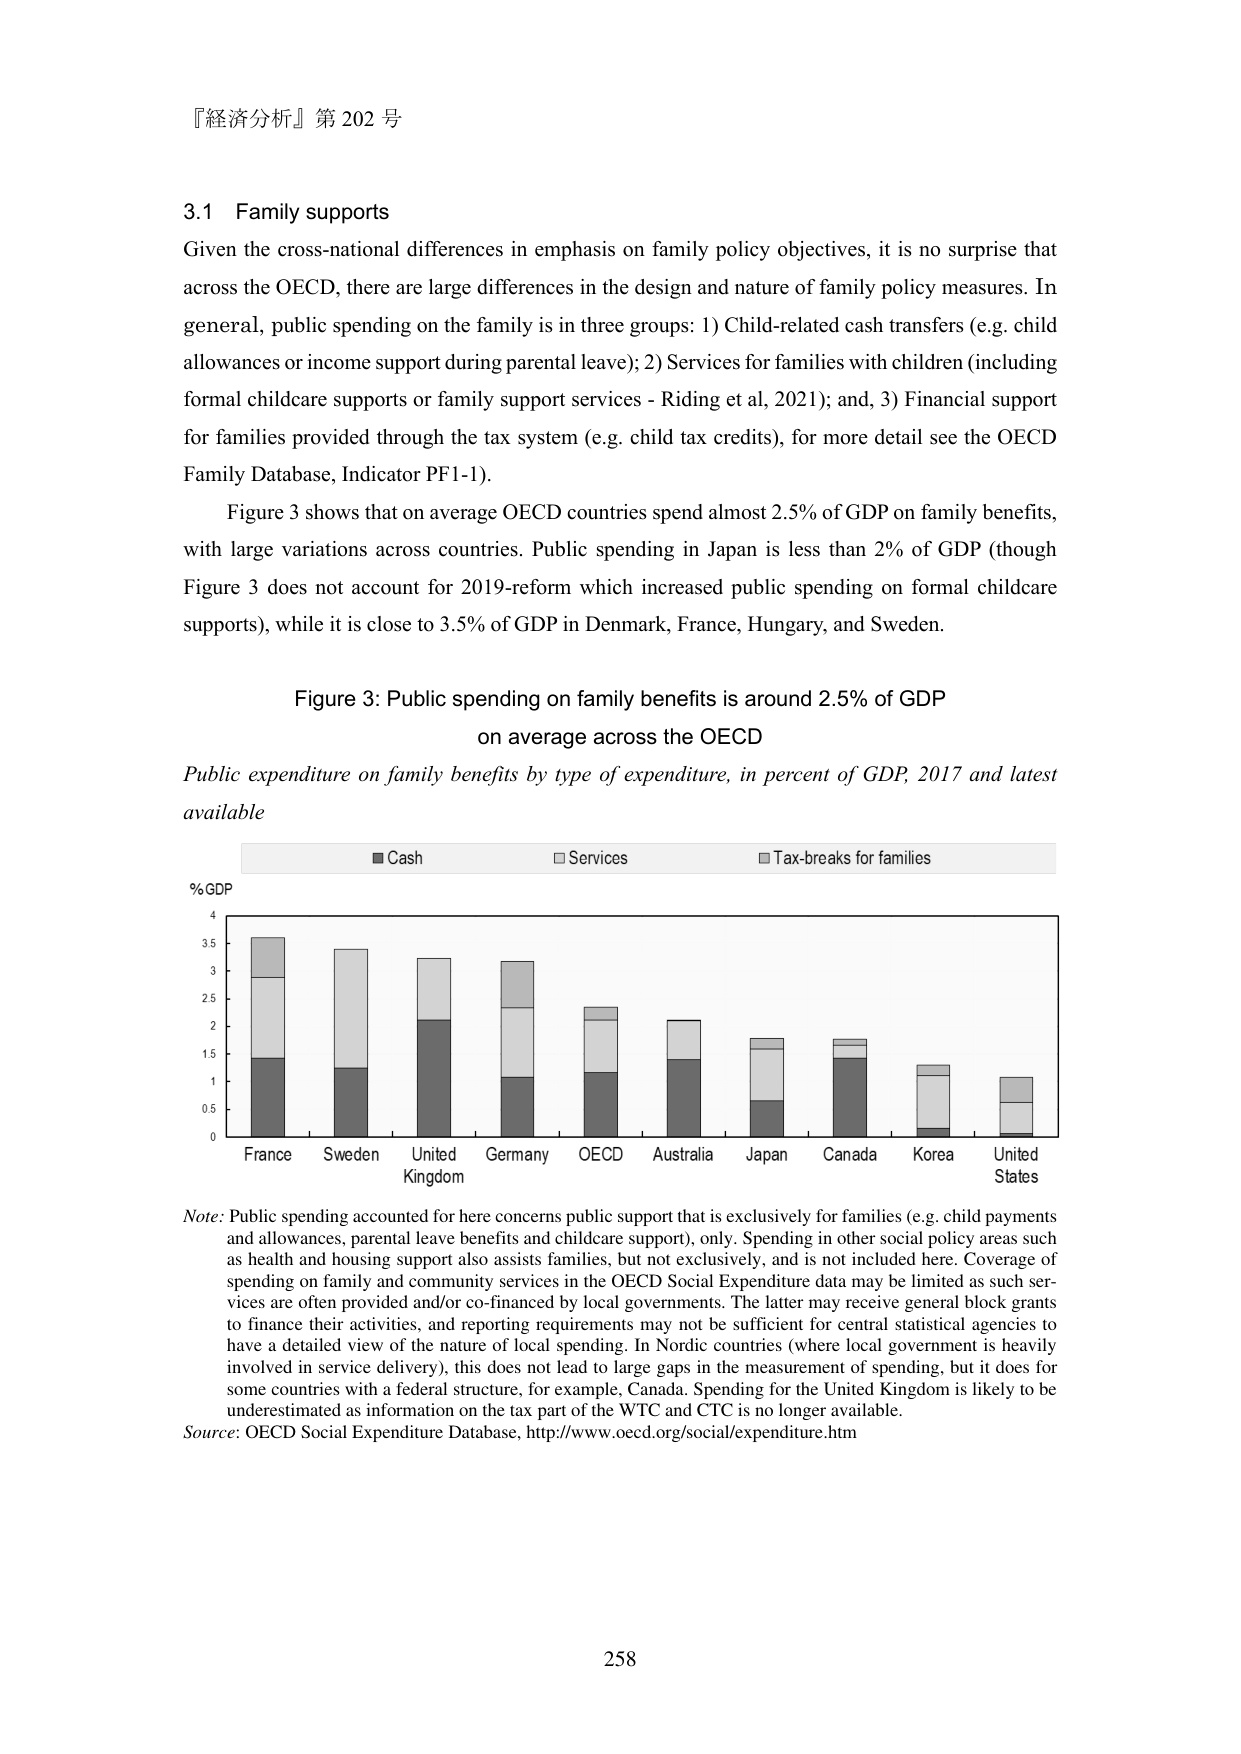
『経済分析』第 202 号

3.1 Family supports
Given the cross-national differences in emphasis on family policy objectives, it is no surprise that across the OECD, there are large differences in the design and nature of family policy measures. In general, public spending on the family is in three groups: 1) Child-related cash transfers (e.g. child allowances or income support during parental leave); 2) Services for families with children (including formal childcare supports or family support services - Riding et al, 2021); and, 3) Financial support for families provided through the tax system (e.g. child tax credits), for more detail see the OECD Family Database, Indicator PF1-1).

Figure 3 shows that on average OECD countries spend almost 2.5% of GDP on family benefits, with large variations across countries. Public spending in Japan is less than 2% of GDP (though Figure 3 does not account for 2019-reform which increased public spending on formal childcare supports), while it is close to 3.5% of GDP in Denmark, France, Hungary, and Sweden.

Figure 3: Public spending on family benefits is around 2.5% of GDP
on average across the OECD
Public expenditure on family benefits by type of expenditure, in percent of GDP, 2017 and latest available

■ Cash
□ Services
■ Tax-breaks for families

% GDP
4
3.5
3
2.5
2
1.5
1
0.5
0

France Sweden United Germany OECD Australia Japan Canada Korea United
Kingdom States

Note: Public spending accounted for here concerns public support that is exclusively for families (e.g. child payments and allowances, parental leave benefits and childcare support), only. Spending in other social policy areas such as health and housing support also assists families, but not exclusively, and is not included here. Coverage of spending on family and community services in the OECD Social Expenditure data may be limited as such services are often provided and/or co-financed by local governments. The latter may receive general block grants to finance their activities, and reporting requirements may not be sufficient for central statistical agencies to have a detailed view of the nature of local spending. In Nordic countries (where local government is heavily involved in service delivery), this does not lead to large gaps in the measurement of spending, but it does for some countries with a federal structure, for example, Canada. Spending for the United Kingdom is likely to be underestimated as information on the tax part of the WTC and CTC is no longer available.

Source: OECD Social Expenditure Database, http://www.oecd.org/social/expenditure.htm

258